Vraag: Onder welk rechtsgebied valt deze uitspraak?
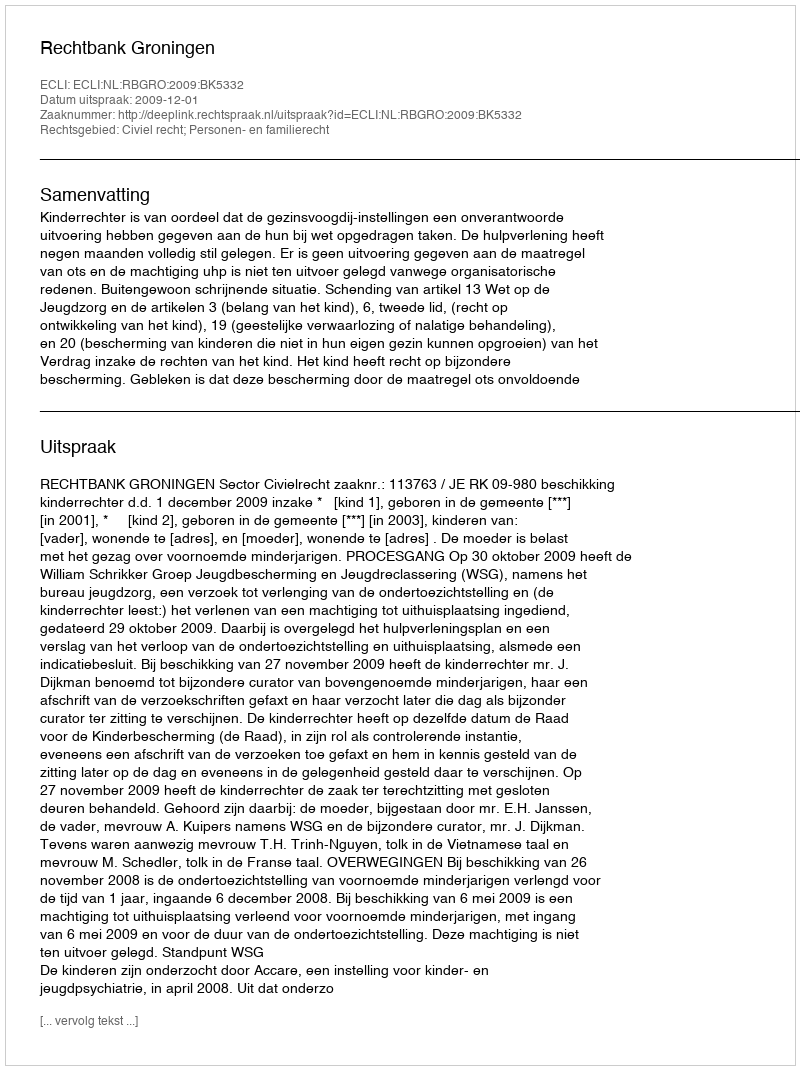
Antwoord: Civiel recht; Personen- en familierecht